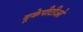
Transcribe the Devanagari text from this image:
यूकेपीटीओ